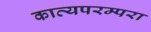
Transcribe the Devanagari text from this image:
काव्यपरम्परा